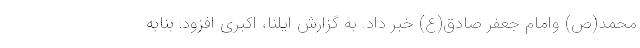
محمد(ص) وامام جعفر صادق(ع) خبر داد. به گزارش ایلنا، اکبری افزود: بنابه